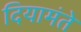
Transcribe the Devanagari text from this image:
दियामंते